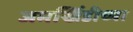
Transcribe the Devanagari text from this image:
जमखिंडीच्या